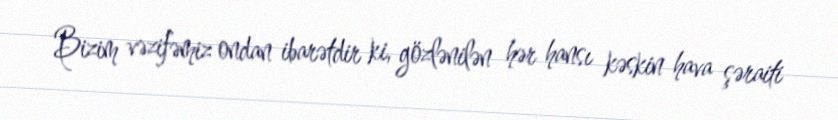
Bizim vəzifəmiz ondan ibarətdir ki, gözlənilən hər hansı kəskin hava şəraiti